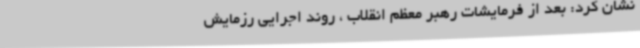
نشان کرد: بعد از فرمایشات رهبر معظم‌ انقلاب ، روند اجرایی رزمایش